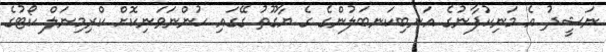
ނަޝީދު އެ މަނިކުފާނުގެ އަނބިކަނބަލުންގެ ގެ ޔާގޫތު ގޭގައި ހުންނަވަނިކޮށް ކްރިމިނަލް ކޯޓުގެ